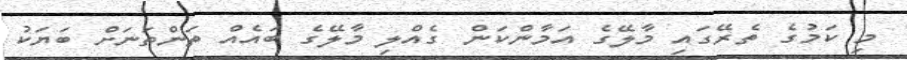
މި ކަމުގެ ތެރޭގައި މާލޭގެ އަމާންކަން ގެއްލި މާލޭގެ ބައެއް ތަންތަނަށް ބަޔަކު